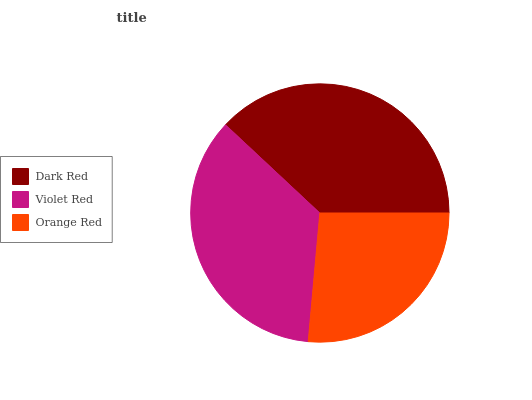
| Dark Red | Violet Red | Orange Red |
 | --- | --- | --- |
 | 38.1% | 35.5% | 26.4% |